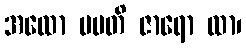
အထော ပပတိ ဇာရော ထာ၊